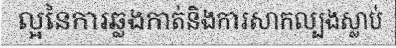
ល្អនៃការឆ្លងកាត់និងការសាកល្បងស្លាប់